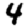
Digit: 4